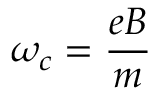
\omega _ { c } = \frac { e B } { m }